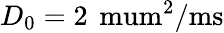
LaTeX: D_{0}=2\, \mathrm{\ mum^{2}/ms}